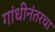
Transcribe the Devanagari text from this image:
गांधीनंतरचा